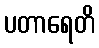
ပတာရေတိ